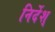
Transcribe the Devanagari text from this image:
निर्देश्